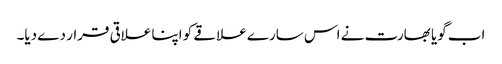
اب گویا بھارت نے اس سارے علاقے کو اپنا علاقی قرار دے دیا۔